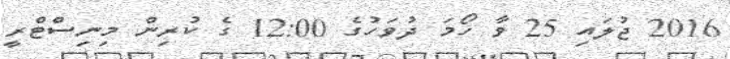
2016 ޖުލައި 25 ވާ ހޯމަ ދުވަހުގެ 12:00 ގެ ކުރިން މިނިސްޓްރީ